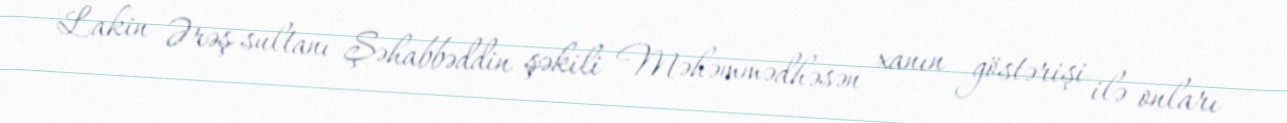
Lakin Ərəş sultanı Şəhabbəddin şəkili Məhəmmədhəsən xanın göstərişi ilə onları